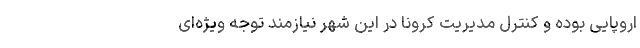
اروپایی بوده و کنترل مدیریت کرونا در این شهر نیازمند توجه ویژه‌ای